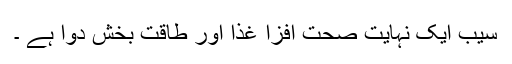
سیب ایک نہایت صحت افزا غذا اور طاقت بخش دوا ہے ۔